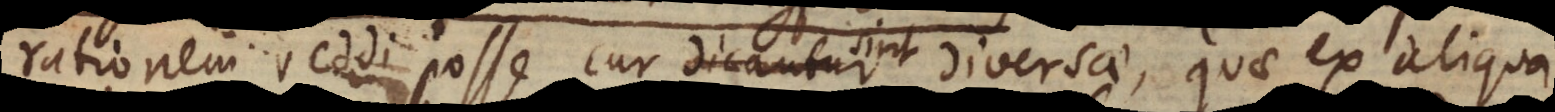
rationem reddi posse cur dicantur diversae, quae ex aliqua